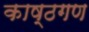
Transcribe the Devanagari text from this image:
काष्ठगण